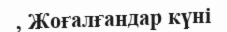
, Жоғалғандар күні